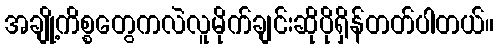
အချို့ကိစ္စတွေကလဲလူမိုက်ချင်းဆိုပိုရှိန်တတ်ပါတယ်။